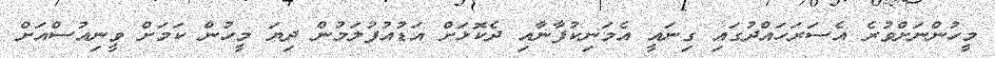
މީހުންނަށްވުރެ އެސަރަހައްދުގައި ގިނައީ އެމަނިކުފާނާއި ދެކޮޅަށް އަޑުއުފުލަމުން ދިޔަ މީހުން ކަމަށް ވީނިއުސްއަށް